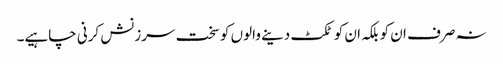
نہ صرف ان کو بلکہ ان کو ٹکٹ دینے والوں کو سخت سرزنش کرنی چاہیے۔